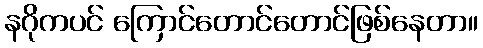
နဂိုကပင် ကြောင်တောင်တောင်ဖြစ်နေတာ။